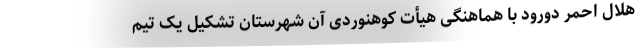
هلال احمر دورود با هماهنگی هیأت کوهنوردی آن شهرستان تشکیل یک تیم